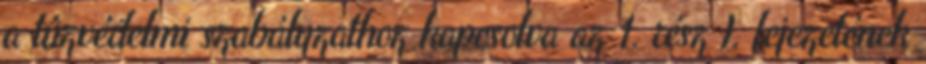
a tûzvédelmi szabályzathoz kapcsolva az 1. rész I. fejezetének